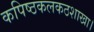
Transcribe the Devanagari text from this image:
कपिष्ठकलकठशाखा।